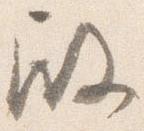
殿